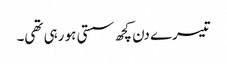
تیسرے دن کچھ سستی ہو رہی تھی۔